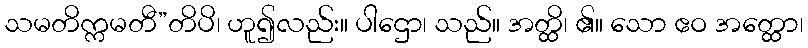
သမတိက္ကမတီ”တိပိ၊ ဟူ၍လည်း။ ပါဌော၊ သည်။ အတ္ထိ၊ ၏။ သော ဧဝ အတ္ထော၊